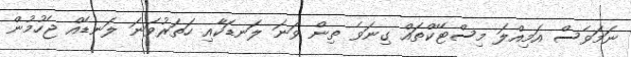
ނަމަވެސް އަމިއްލަ މިސްޓޭކްތައް ގިނަވެ ތިން ވަނަ ލަނޑަކާއި ހަތަރުވަނަ ލަނޑެއް ޖެހުމުން